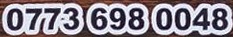
0773 698 0048